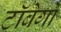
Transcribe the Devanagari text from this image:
टॉबेगो